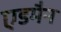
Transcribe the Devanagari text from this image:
एडमैन